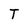
Character: T